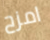
امزح